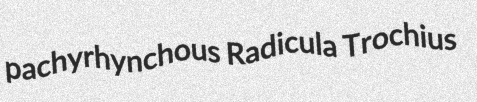
pachyrhynchous Radicula Trochius